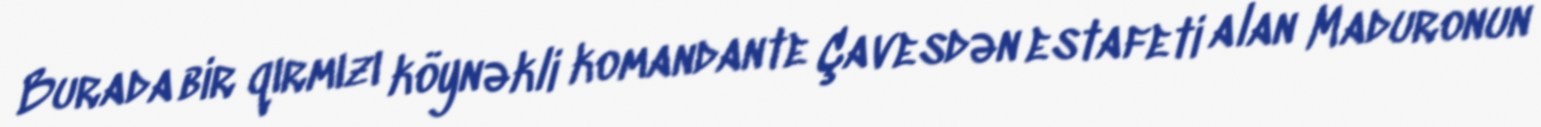
Burada bir qırmızı köynəkli komandante Çavesdən estafeti alan Maduronun